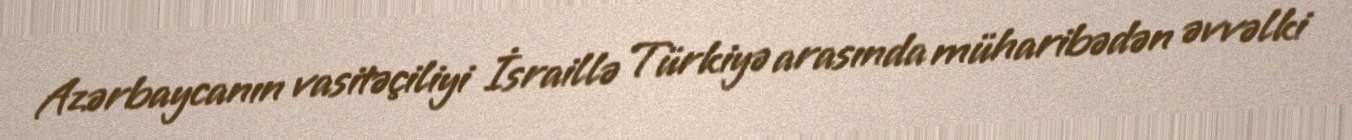
Azərbaycanın vasitəçiliyi İsraillə Türkiyə arasında müharibədən əvvəlki